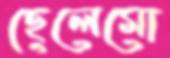
ছেলেমো